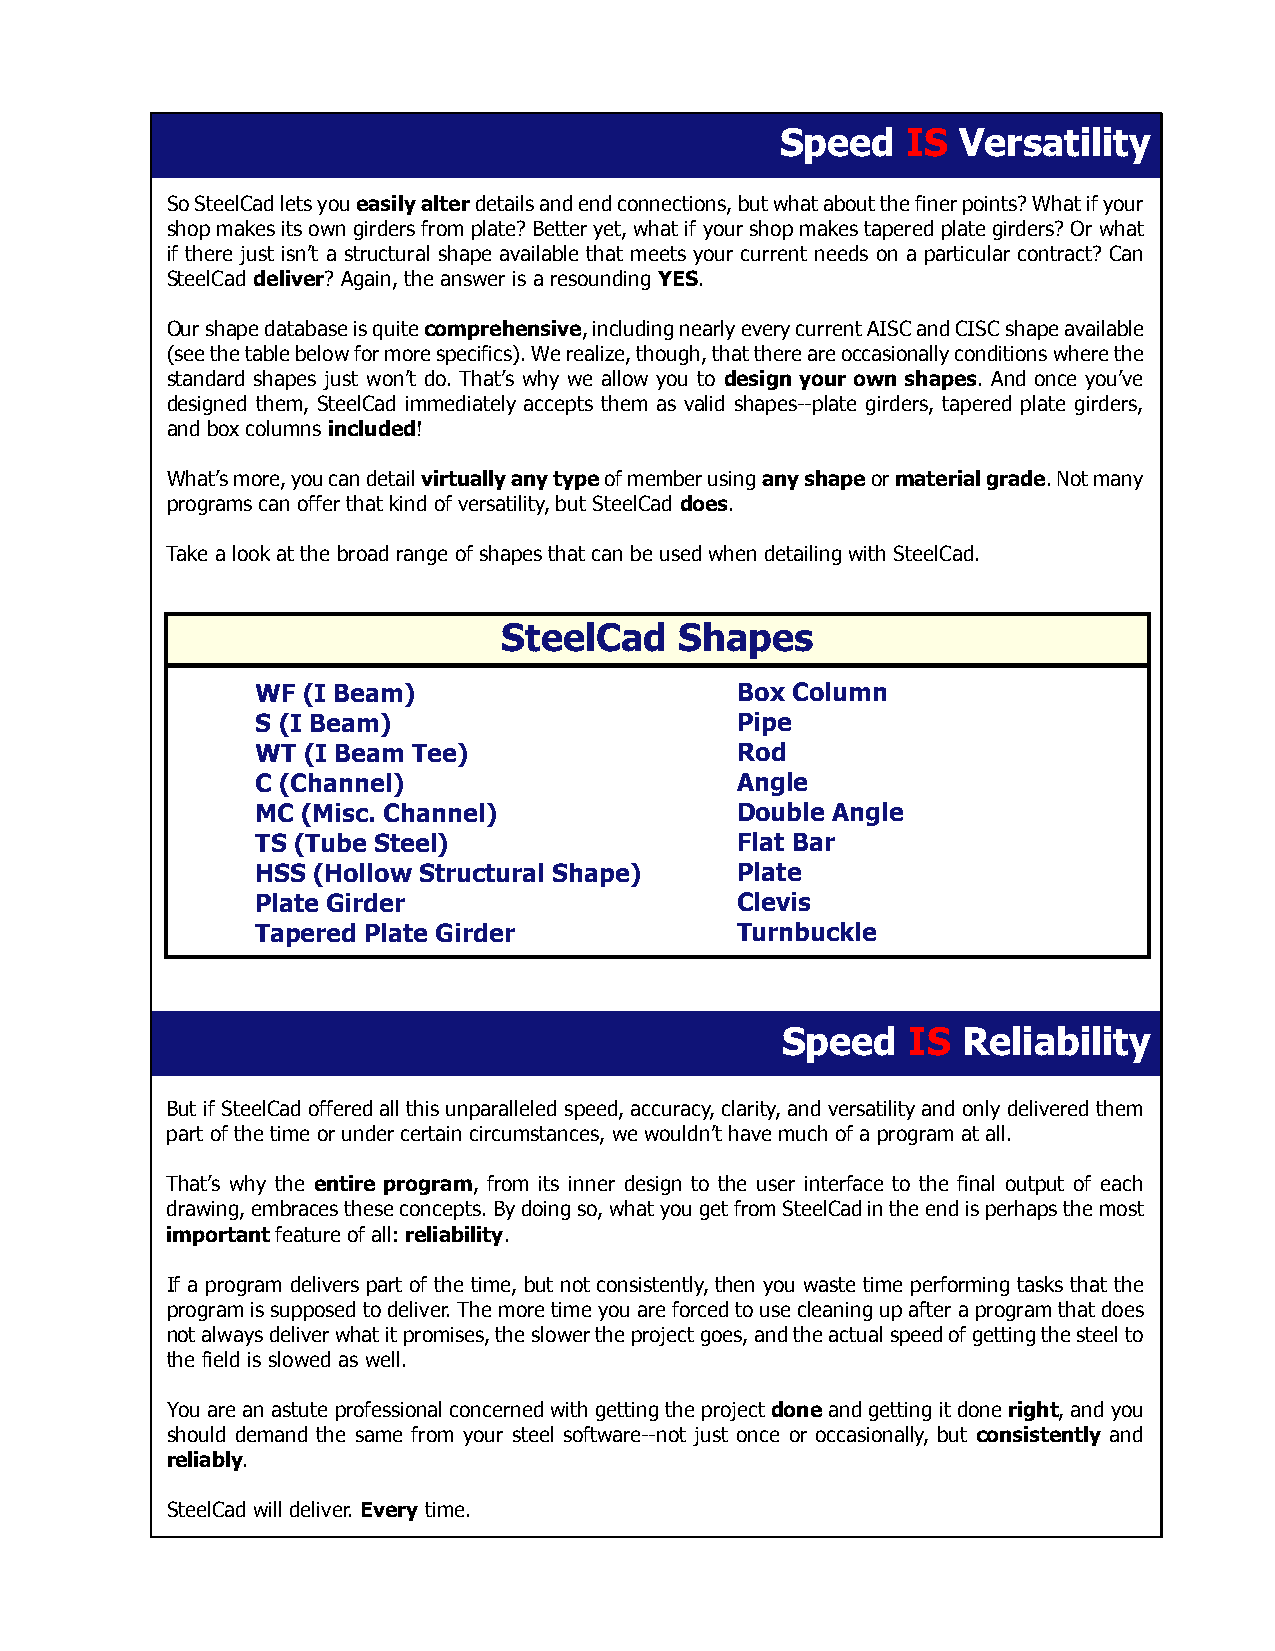
Speed   IS Versatility
 So SteelCad lets you easily alter details and end connections, but what about the finer points? What if your
 shop makes its own girders from plate? Better yet, what if your shop makes tapered plate girders? Or what
 if there just isn’t a structural shape available that meets your current needs on a particular contract? Can
 SteelCad deliver? Again, the answer is a resounding YES.
 Our shape database is quite comprehensive, including nearly every current AISC and CISC shape available
 (see the table below for more specifics). We realize, though, that there are occasionally conditions where the
 standard shapes just won’t do. That’s why we allow you to design your own shapes. And once you’ve
 designed them, SteelCad immediately accepts them as valid shapes--plate girders, tapered plate girders,
 and box columns included!
 What’s more, you can detail virtually any type of member using any shape or material grade. Not many
 programs can offer that kind of versatility, but SteelCad does.
 Take a look at the broad range of shapes that can be used when detailing with SteelCad.
 SteelCad    Shapes
 WF (I Beam)                     Box Column
 S (I Beam)                      Pipe
 WT (I Beam Tee)                 Rod
 C (Channel)                     Angle
 MC (Misc. Channel)              Double Angle
 TS (Tube Steel)                 Flat Bar
 HSS (Hollow Structural Shape)   Plate
 Plate Girder                    Clevis
 Tapered Plate Girder            Turnbuckle
 Speed   IS  Reliability
 But if SteelCad offered all this unparalleled speed, accuracy, clarity, and versatility and only delivered them
 part of the time or under certain circumstances, we wouldn’t have much of a program at all.
 That’s why the entire program, from its inner design to the user interface to the final output of each
 drawing, embraces these concepts. By doing so, what you get from SteelCad in the end is perhaps the most
 important feature of all: reliability.
 If a program delivers part of the time, but not consistently, then you waste time performing tasks that the
 program is supposed to deliver. The more time you are forced to use cleaning up after a program that does
 not always deliver what it promises, the slower the project goes, and the actual speed of getting the steel to
 the field is slowed as well.
 You are an astute professional concerned with getting the project done and getting it done right, and you
 should demand the same from your steel software--not just once or occasionally, but consistently and
 reliably.
 SteelCad will deliver. Every time.